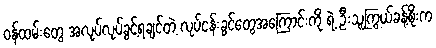
ဝန်ထမ်းတွေ အလုပ်လုပ်ခွင့်ရချင်တဲ့ လုပ်ငန်းခွင်တွေအကြောင်းကို ရဲ့ ဦးသူကြွယ်ခန့်စိုးက